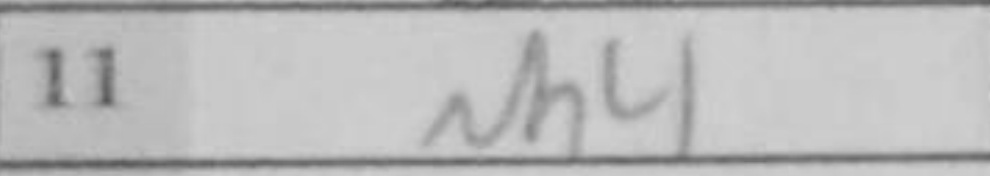
Transcription: Nh4